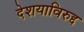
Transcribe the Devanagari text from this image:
देशयाविरुद्द